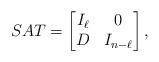
LaTeX: \begin{align*} SA T= \begin{bmatrix} I_\ell & 0\\ D & I_{n-\ell} \end{bmatrix} , \end{align*}